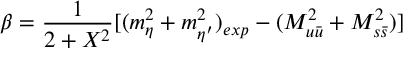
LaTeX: \beta = \frac { 1 } { 2 + X ^ { 2 } } [ ( m _ { \eta } ^ { 2 } + m _ { \eta ^ { \prime } } ^ { 2 } ) _ { e x p } - ( M _ { u \bar { u } } ^ { 2 } + M _ { s \bar { s } } ^ { 2 } ) ]